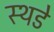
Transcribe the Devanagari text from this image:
स्थडे